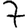
Digit: 7